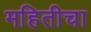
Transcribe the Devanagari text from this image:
महितीचा